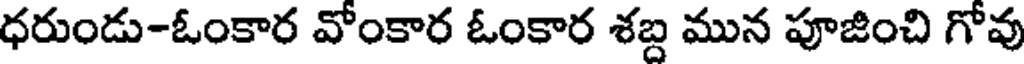
ధరుండు-ఓంకార వోంకార ఓంకార శబ్ద మున పూజించి గోవు